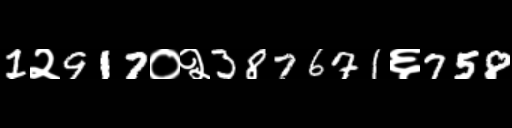
Text: 1२917०२387671६758